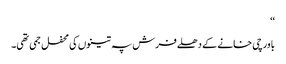
‘‘
باورچی خانے کے دھلے فرش پہ تینوں کی محفل جمی تھی۔